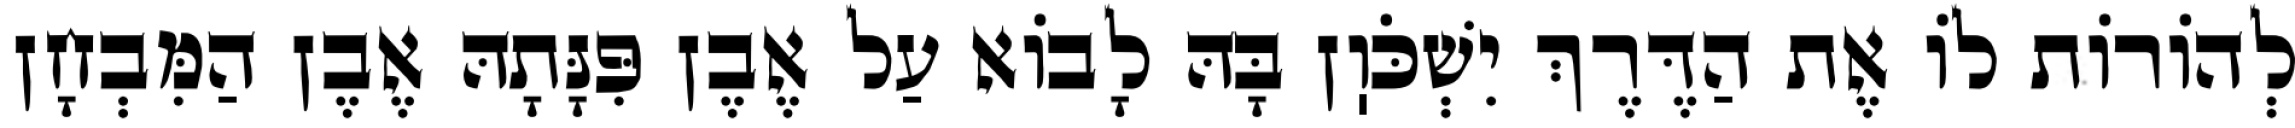
לְהוֹרוֹת לוֹ אֶת הַדֶּרֶךְ יִשְׁכֹּוֽן בָּהּ לָבוֹא עַל אֶבֶן פִּנָּתָהּ אֶבֶן הַמִּבְחָן